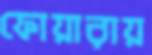
ফোয়ারায়